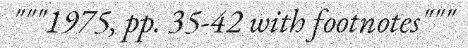
"""1975, pp. 35-42 with footnotes"""